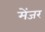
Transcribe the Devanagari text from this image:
मेंजर